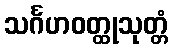
သင်္ဂဟဝတ္ထုသုတ္တံ